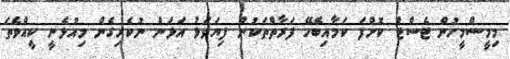
މިމީސްމީހުން ޓެސްޓް ކޮށްފަ ކަމާއިބެހޭ ފަރާތްތަކުން ފިޔަވަޅު އަޅަން ނުކެރިގެން މިއުޅެނީ ކީއްވެތަ